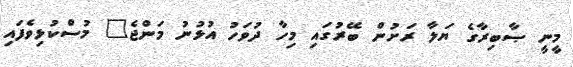
މީނީ ޞާބިރާގެ ޔަލާ ރަށުން ބޭރުގައި މިހާ ދުވަހު އުޅުނު މަންޖެ" މުސްކުޅިވެފައި